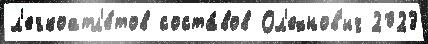
л'егкоатл'е́тов соста́вов Ол'ехнов'ич 2023